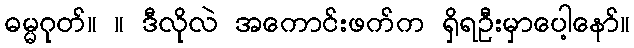
ဓမ္မဂုတ်။ ။ ဒီလိုလဲ အကောင်းဖက်က ရှိရဦးမှာပေါ့နော်။